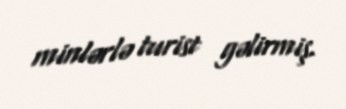
minlərlə turist gəlirmiş.